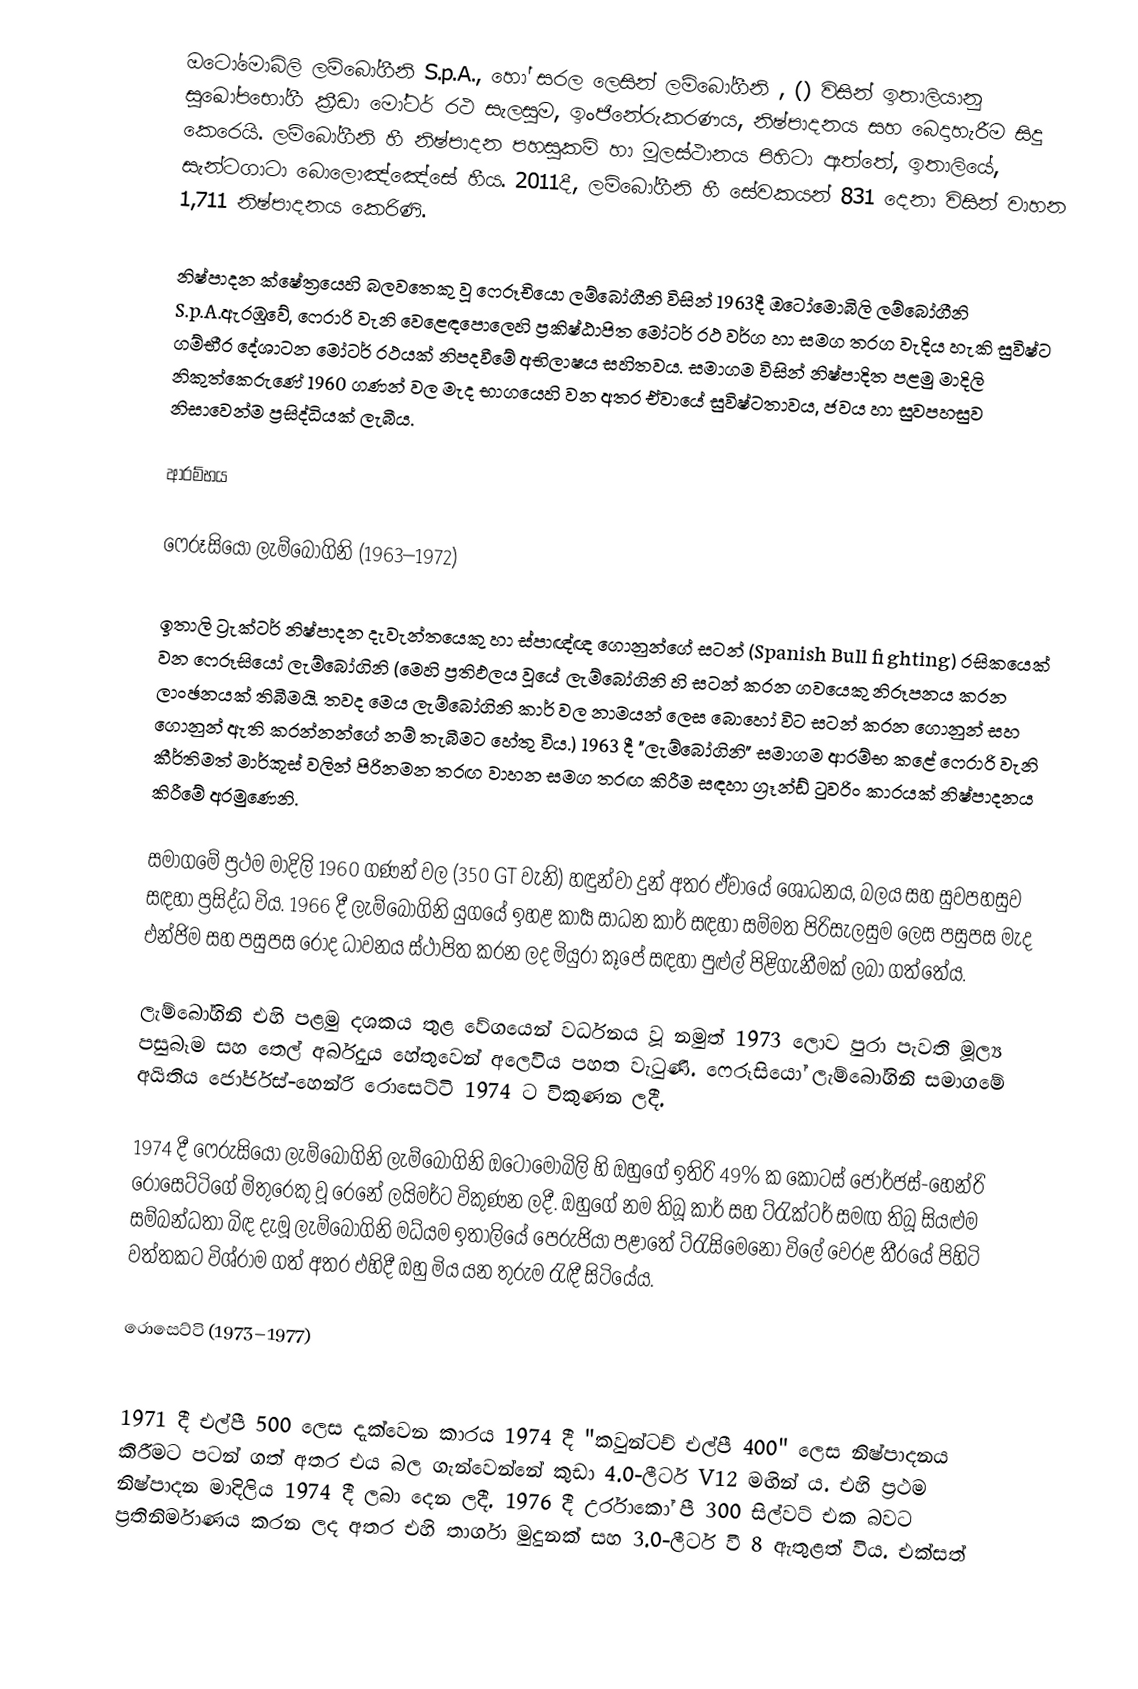
ඔටෝමොබිලි ලම්බෝගීනි S.p.A., හෝ සරල ලෙසින් ලම්බෝගීනි , () විසින් ඉතාලියානු සුඛෝපභෝගී ක්‍රීඩා මෝටර් රථ සැලසුම, ඉංජිනේරුකරණය, නිෂ්පාදනය සහ බෙදාහැරීම සිදු කෙරෙයි. ලම්බෝගීනි හී නිෂ්පාදන පහසුකම් හා මූලස්ථානය පිහිටා ඇත්තේ, ඉතාලියේ,  සැන්ටගාටා බොලොඤ්ඤේසේ හීය. 2011දී, ලම්බෝගීනි හී සේවකයන් 831 දෙනා විසින් වාහන 1,711 නිෂ්පාදනය කෙරිණි.

නිෂ්පාදන ක්ෂේත්‍රයෙහි බලවතෙකු වූ ෆෙරූචියො ලම්බෝගීනි විසින් 1963දී ඔටෝමොබිලි ලම්බෝගීනි S.p.A.ඇරඹුවේ, ෆෙරාරි වැනි වෙළෙඳපොලෙහි  ප්‍රකිෂ්ඨාපිත මෝටර් රථ වර්ග හා සමග තරග වැදිය හැකි සුවිෂ්ට ගම්භීර දේශාටන මෝටර් රථයක් නිපදවීමේ අභිලාෂය සහිතවය. සමාගම විසින් නිෂ්පාදිත පළමු මාදිලි නිකුත්කෙරුණේ 1960 ගණන් වල මැද භාගයෙහි වන අතර ඒවායේ සුවිෂ්ටතාවය, ජවය හා සුවපහසුව නිසාවෙන්ම ප්‍රසිද්ධියක් ලැබීය.

ආරම්භය

ෆෙරූසියෝ ලැම්බෝගිනි (1963–1972)

ඉතාලි ට්‍රැක්ටර් නිෂ්පාදන දැවැන්තයෙකු හා ස්පාඥ්ඥ ගොනුන්ගේ සටන් (Spanish Bull fighting) රසිකයෙක්  වන ෆෙරූසියෝ ලැම්බෝගිනි (මෙහි ප්‍රතිඵලය වූයේ ලැම්බෝගිනි හි සටන් කරන ගවයෙකු නිරූපනය කරන ලාංඡනයක් තිබීමයි. තවද මෙය ලැම්බෝගිනි කාර් වල නාමයන් ලෙස බොහෝ විට සටන් කරන ගොනුන් සහ ගොනුන් ඇති කරන්නන්ගේ නම් තැබීමට හේතු විය.) 1963 දී "ලැම්බෝගිනි" සමාගම ආරම්භ කළේ ෆෙරාරි වැනි කීර්තිමත් මාර්කූස් වලින් පිරිනමන තරඟ වාහන සමග  තරඟ කිරීම සඳහා ග්‍රෑන්ඩ් ටුවරිං කාරයක් නිෂ්පාදනය කිරීමේ අරමුණෙනි.

සමාගමේ ප්‍රථම මාදිලි 1960 ගණන් වල (350 GT වැනි) හඳුන්වා දුන් අතර ඒවායේ ශෝධනය, බලය සහ සුවපහසුව සඳහා ප්‍රසිද්ධ විය. 1966 දී ලැම්බෝගිනි යුගයේ ඉහළ කාර්‍ය සාධන කාර් සඳහා සම්මත පිරිසැලසුම ලෙස පසුපස මැද එන්ජිම සහ පසුපස රෝද ධාවනය ස්ථාපිත කරන ලද මියුරා කූපේ සඳහා පුළුල් පිළිගැනීමක් ලබා ගත්තේය.

ලැම්බෝගිනි එහි පළමු දශකය තුළ වේගයෙන් වර්ධනය වූ නමුත් 1973 ලොව පුරා පැවති මූල්‍ය පසුබෑම සහ තෙල් අර්බුදය හේතුවෙන් අලෙවිය පහත වැටුණි. ෆෙරූසියෝ ලැම්බෝගිනි සමාගමේ අයිතිය ජෝර්ජස්-හෙන්රි රොසෙට්ටි 1974 ට විකුණන ලදී.

1974 දී ෆෙරුසියෝ ලැම්බෝගිනි ලැම්බෝගිනි ඔටෝමොබිලි හි ඔහුගේ ඉතිරි 49% ක කොටස් ජෝර්ජස්-හෙන්රි රොසෙට්ටිගේ මිතුරෙකු වූ රෙනේ ලයිමර්ට විකුණන ලදී. ඔහුගේ නම තිබූ කාර් සහ ට්රැක්ටර් සමඟ තිබූ සියළුම සම්බන්ධතා බිඳ දැමූ ලැම්බෝගිනි මධ්යම ඉතාලියේ පෙරුජියා පළාතේ ට්රැසිමෙනෝ විලේ වෙරළ තීරයේ පිහිටි වත්තකට විශ්රාම ගත් අතර එහිදී ඔහු මිය යන තුරුම රැඳී සිටියේය.

රොසෙට්ටි (1973–1977)

1971 දී එල්පී 500 ලෙස දැක්වෙන කාරය 1974 දී "කවුන්ටච් එල්පී 400" ලෙස නිෂ්පාදනය කිරීමට පටන් ගත් අතර එය බල ගැන්වෙන්නේ කුඩා 4.0-ලීටර් V12 මඟින් ය. එහි ප්‍රථම නිෂ්පාදන මාදිලිය 1974 දී ලබා දෙන ලදී. 1976 දී උර්රාකෝ පී 300 සිල්වට් එක බවට ප්‍රතිනිර්මාණය කරන ලද අතර එහි තාර්ගා මුදුනක් සහ 3.0-ලීටර් වී 8 ඇතුළත් විය. එක්සත්